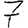
Digit: 7